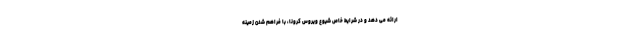
ارائه می دهد و در شرایط خاص شیوع ویروس کرونا، با فراهم شدن زمینه